Calcutta medical institutions reports 1871-78
Year: 1871
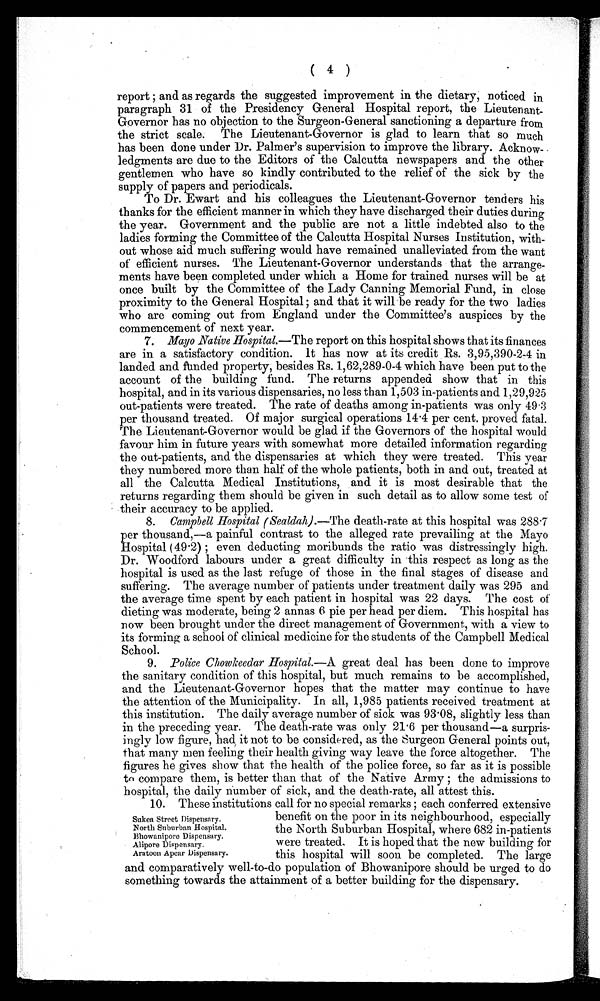
( 4 )
r e p o r t ; a n d a s r e g a r d s t h e s u g g e s t e d i m p r o v e m e n t i n t h e d i e t a r y , n o t i c e d i n
paragraph 31 of the Presidency General Hospital report, the Lieutenant-
Governor has no objection to the Surgeon-General sanctioning a departure from
the strict scale. The Lieutenant-Governor is glad to learn that so much
has been done under Dr. Palmer's supervision to improve the library. Acknow-
ledgments are due to the Editors of the Calcutta newspapers and the other
gentlemen who have so kindly contributed to the relief of the sick by the
supply of papers and periodicals.
To Dr. Ewart and his colleagues the Lieutenant-Governor tenders his
thanks for the efficient manner in which they have discharged their duties during
the year. Government and the public are not a little indebted also to the
ladies forming the Committee of the Calcutta Hospital Nurses Institution, with-
out whose aid much suffering would have remained unalleviated from the want
of efficient nurses. The Lieutenant-Governor understands that the arrange-
ments have been completed under which a Home for trained nurses will be at
once built by the Committee of the Lady Canning Memorial Fund, in close
proximity to the General Hospital ; and that it will be ready for the two ladies
who are coming out from England under the Committee's auspices by the
commencement of next year.
7.
Mayo Native Hospital.—The report on this hospital shows that its finances
are in a satisfactory condition. It has now at its credit Rs. 3,95,390-2-4 in
landed and funded property, besides Rs. 1,62,289-0-4 which have been put to the
account of the building fund. The returns appended show that in this
hospital, and in its various dispensaries, no less than 1,503 in-patients and 1,29,925
out-patients were treated. The rate of deaths among in-patients was only 49.3
per thousand treated. Of major surgical operations 14 . 4 per cent, proved fatal.
The Lieutenant-Governor would be glad if the Governors of the hospital would
favour him in future years with somewhat more detailed information regarding
the out-patients, and the dispensaries at which they were treated. This year
they numbered more than half of the whole patients, both in and out, treated at
all the Calcutta Medical Institutions, and it is most desirable that the
returns regarding them should be given in such detail as to allow some test of
their accuracy to be applied.
8.
Campbell Hospital ( Sealdah).— The death-rate at this hospital was 288.7
per thousand,—a painful contrast to the alleged rate prevailing at the Mayo
Hos pi t a l ( 49. 2 ) ; e v e n d e d u c t i n g mo r i b u n d s t h e r a t i o wa s d i s t r e s s i n g l y h i g h .
Dr. Woodford labours under a great difficulty in this respect as long as the
hospital is used as the last refuge of those in the final stages of disease and
suffering. The average number of patients under treatment daily was 295 and
the average time spent by each patient in hospital was 22 days. The cost of
dieting was moderate, being 2 annas 6 pie per head per diem. This hospital has
now been brought under the direct management of Government, with a view to
its forming a school of clinical medicine for the students of the Campbell Medical
School.
9. Police Chowkeedar Hospital.—A great deal has been done to improve
the sanitary condition of this hospital, but much remains to be accomplished,
and the Lieutenant-Governor hopes that the matter may continue to have
the attention of the Municipality. In all, 1,985 patients received treatment at
this institution. The daily average number of sick was 93.08, slightly less than
in the preceding year. The death-rate was only 21.6 per thousand—a surpris-
ingly low figure, had it not to be considered, as the Surgeon General points out,
that many men feeling their health giving way leave the force altogether. The
figures he gives show that the health of the police force, so far as it is possible
to compare them, is better than that of the Native Army ; the admissions to
hospital, the daily number of sick, and the death-rate, all attest this.
10.
These institutions call for no special remarks ; each conferred extensive
S u k e a S t r e e t D i s p e n s a r y .
benefit on the poor in its neighbourhood, especially
North Suburban Hospital.
the North Suburban Hospital, where 682 in-patients
Bhowanipore Dispensary.
were treated.. It is hoed p that the new building for
Alipore Dispensary.
this hospital will soon be completed. The large
Aratoon Apear Dispensary.
and comparatively well-to-do population of Bhowanipore should be urged to do
something towards the attainment of a better building for the dispensary.